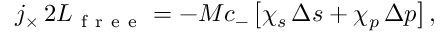
j _ { \times } \, 2 L _ { \mathrm { ~ f ~ r ~ e ~ e ~ } } = - M c _ { - } \, \bigl [ \chi _ { s } \, \Delta s + \chi _ { p } \, \Delta p \bigr ] \, ,